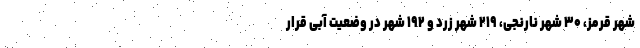
شهر قرمز، ۳۰ شهر نارنجی، ۲۱۹ شهر زرد و ۱۹۲ شهر در وضعیت آبی قرار